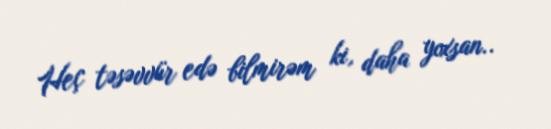
Heç təsəvvür edə bilmirəm ki, daha yoxsan..